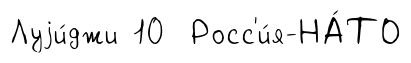
Луjи́джи 10 Росс'и́я-НА́ТО